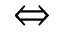
\Leftrightarrow